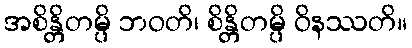
အစိန္တိတမ္ပိ ဘဝတိ၊ စိန္တိတမ္ပိ ဝိနဿတိ။